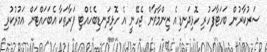
ސަރުކާރުން ބަހަޓާފަހުރި ހޮޅިދަނޑިއެ ޒިންމާވާން ޖެހޭނީ އެ ހޮޅިދަނޑިބެހެއްޓި ފަރާތަކާ އެބަހައްޓަން އަމުރުކުރި